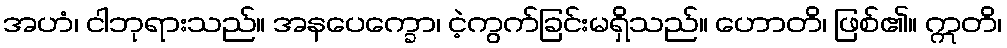
အဟံ၊ ငါဘုရားသည်။ အနပေက္ခော၊ ငဲ့ကွက်ခြင်းမရှိသည်။ ဟောတိ၊ ဖြစ်၏။ ဣတိ၊